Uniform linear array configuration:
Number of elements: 24
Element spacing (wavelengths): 0.75
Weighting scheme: blackman
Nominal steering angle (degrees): -60
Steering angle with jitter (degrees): -60.159
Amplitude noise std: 0.05
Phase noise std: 0.05

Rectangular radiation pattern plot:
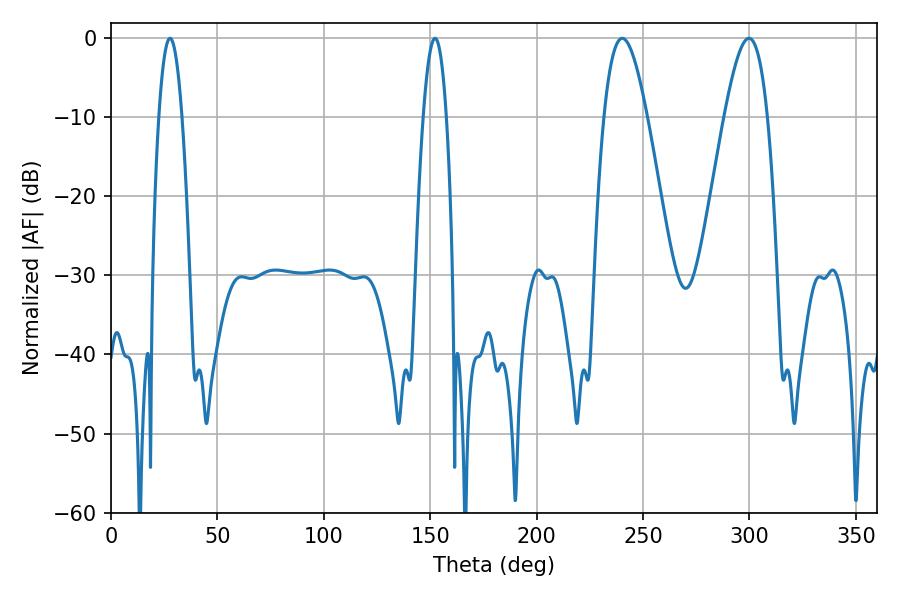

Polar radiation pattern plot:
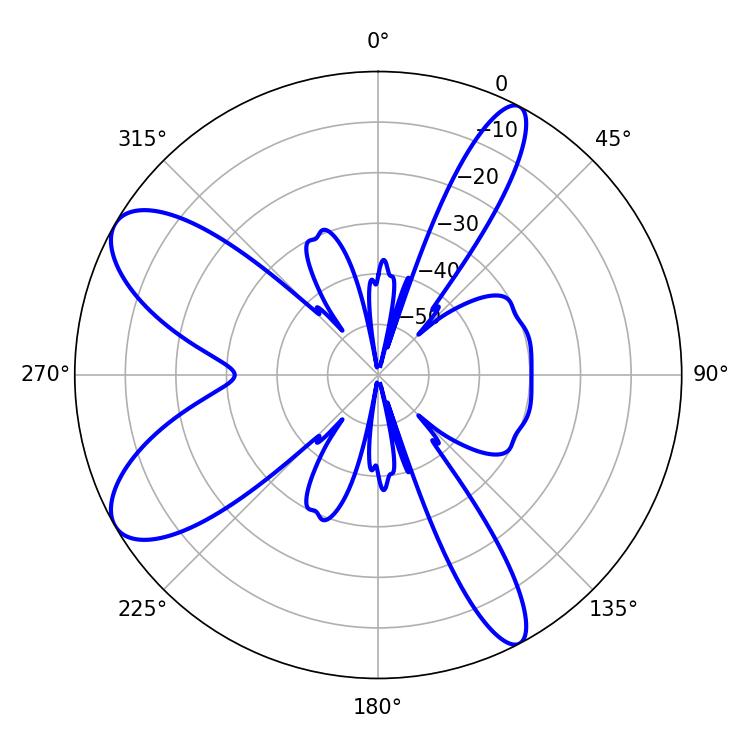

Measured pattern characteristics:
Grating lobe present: TRUE
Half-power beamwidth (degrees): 5.94
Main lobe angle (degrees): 27.72